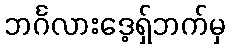
ဘင်္ဂလားဒေ့ရှ်ဘက်မှ